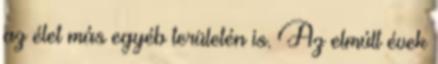
az élet más egyéb területén is. Az elmúlt évek